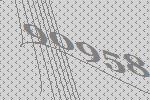
90958